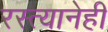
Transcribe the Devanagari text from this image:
रस्त्यानेही